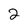
Character: 2